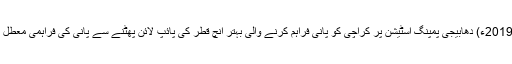
12 ستمبر2019ء) دھابیجی پمپنگ اسٹیشن پر کراچی کو پانی فراہم کرنے والی بہتر انچ قطر کی پائپ لائن پھٹنے سے پانی کی فراہمی معطل ہوگئی ہے۔